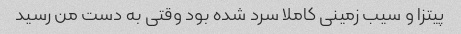
پیتزا و سیب زمینی کاملا سرد شده بود وقتی به دست من رسید